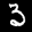
Label: 3